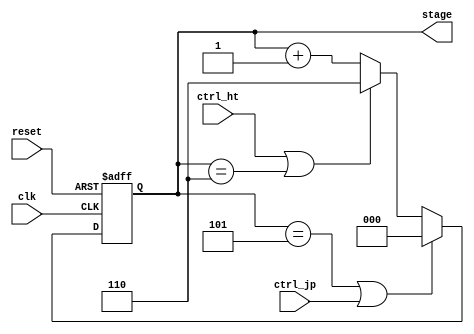
module isc(
	input clk,
	input reset,
	input ctrl_ht,
	input ctrl_jp,
	output reg[2:0] stage = 0);
	
always @(posedge clk or posedge reset) begin
	if (reset)
		stage <= 0;
	else if (stage == 5 || ctrl_jp)
		stage <= 0;
	else if (ctrl_ht || stage == 6)
		// For a halt, put it into a stage it can never get out of
		stage <= 6;
	else
		stage <= stage + 1;
end

endmodule